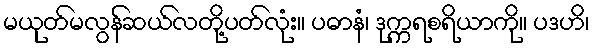
မယုတ်မလွန်ဆယ်လတို့ပတ်လုံး။ ပဓာနံ၊ ဒုက္ကရစရိယာကို။ ပဒဟိ၊